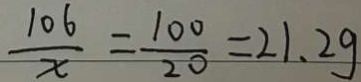
\frac { 1 0 6 } { x } = \frac { 1 0 0 } { 2 0 } = 2 1 . 2 g